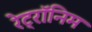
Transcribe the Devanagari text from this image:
रेट्रॉनिम